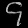
Digit: ၄